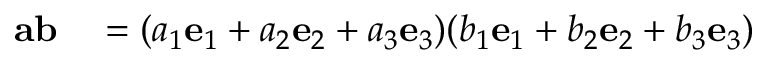
\begin{array} { r l } { \mathbf { a b } } & { { } = ( a _ { 1 } \mathbf { e } _ { 1 } + a _ { 2 } \mathbf { e } _ { 2 } + a _ { 3 } \mathbf { e } _ { 3 } ) ( b _ { 1 } \mathbf { e } _ { 1 } + b _ { 2 } \mathbf { e } _ { 2 } + b _ { 3 } \mathbf { e } _ { 3 } ) } \end{array}